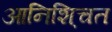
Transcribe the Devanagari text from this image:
आनिशि्चत